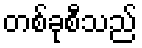
တစ်ခုစီသည်